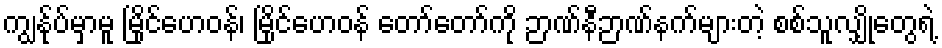
ကျွန်ုပ်မှာမူ မြိုင်ဟေဝန်၊ မြိုင်ဟေဝန် တော်တော်ကို ဉာဏ်နီဉာဏ်နက်များတဲ့ စစ်သူလျှိုတွေရဲ့